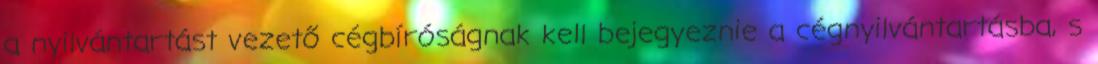
a nyilvántartást vezető cégbíróságnak kell bejegyeznie a cégnyilvántartásba, s